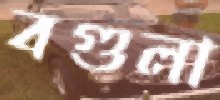
বগুলা